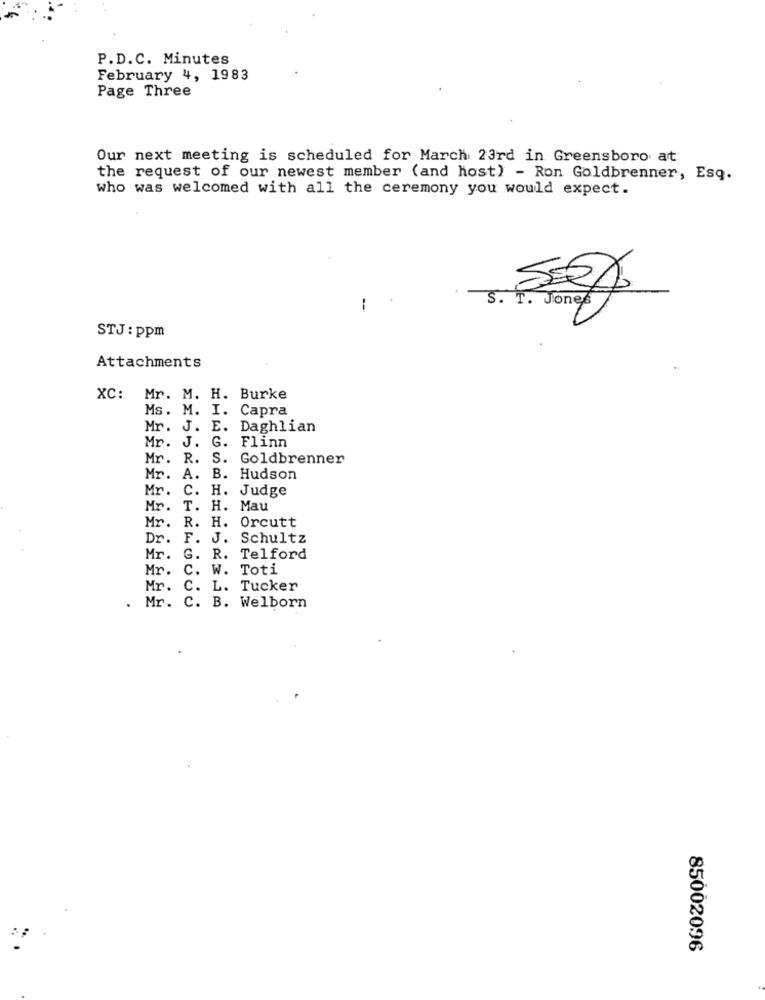
P.D.C. Minutes
February 4, 1983
Page Three
Our next meeting is scheduled for March 23rd in Greensboro at:
the request of our newest member (and host) - Ron Goldbrenner, Esq.
who was welcomed with all the ceremony you would expect.
S. T. Jones
STJ: ppm
Attachments
XC: Mr. M. H. Burke
Ms. M. I. Capra
Mr. J. E. Daghlian
Flinn
Mr. J. G.
Mr. R.
S.
Goldbrenner
Mr.
A. B.
Hudson
Mr.
C. H. Judge
Mr.
T. H. Mau
Mr.
R. H. Orcutt
Dr. F. J.
Schultz
Mr.
G. R. Telford
Mr. C. W. Toti
Mr. C. L. Tucker
. Mr. C. B. Welborn
85002096